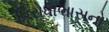
વિરોધાભાસનો